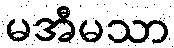
မအီမသာ